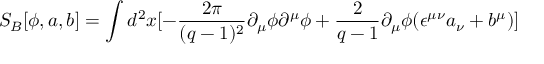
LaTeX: S _ { B } [ \phi , a , b ] = \int d ^ { 2 } x [ - \frac { 2 \pi } { ( q - 1 ) ^ { 2 } } \partial _ { \mu } \phi \partial ^ { \mu } \phi + \frac { 2 } { q - 1 } \partial _ { \mu } \phi ( \epsilon ^ { \mu \nu } a _ { \nu } + b ^ { \mu } ) ]